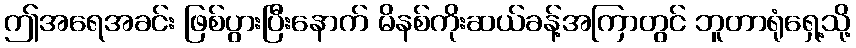
ဤအရေအခင်း ဖြစ်ပွားပြီးနောက် မိနစ်ကိုးဆယ်ခန့်အကြာတွင် ဘူတာရုံရှေ့သို့